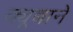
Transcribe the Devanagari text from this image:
क्यूबाने